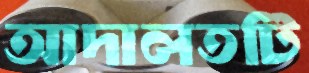
আদালতটি